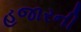
હજારની